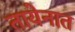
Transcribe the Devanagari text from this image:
तायेनात